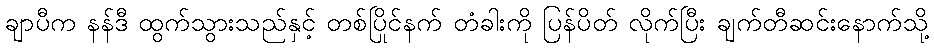
ချာပီက နန်ဒီ ထွက်သွားသည်နှင့် တစ်ပြိုင်နက် တံခါးကို ပြန်ပိတ် လိုက်ပြီး ချက်တီဆင်းနောက်သို့